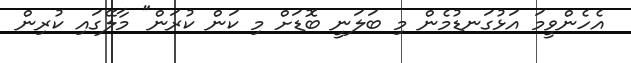
އެހެންވީމަ އަޅުގަނޑުމެން މި ބަލަނީ ބޮޑަށް މި ކަން ކުރަން" މާލޭގައި ކުރިން